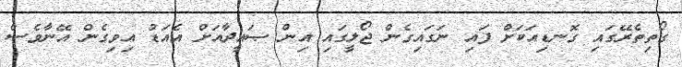
ގޯތިތެރޭގައި ގޮނޑިއަކަށް ފައި ނަގައިގެން ޖޯލީގައި އިން ޞައީދާއަށް އެއަޑު އިވިގެން އޭނާވެސް